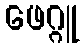
ဖေဂ္ဂူ